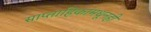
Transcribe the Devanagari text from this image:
साप्ताहिकांमधूनही